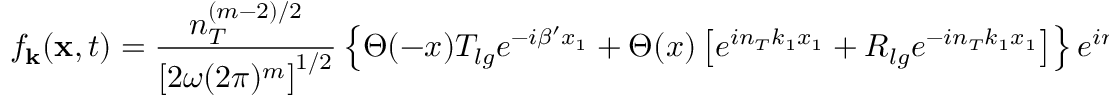
f _ { \bf k } ( { \bf x } , t ) = { \frac { n _ { T } ^ { ( m - 2 ) / 2 } } { \left[ 2 \omega ( 2 \pi ) ^ { m } \right] ^ { 1 / 2 } } } \left\{ \Theta ( - x ) T _ { l g } e ^ { - i \beta ^ { \prime } x _ { 1 } } + \Theta ( x ) \left[ e ^ { i n _ { T } k _ { 1 } x _ { 1 } } + R _ { l g } e ^ { - i n _ { T } k _ { 1 } x _ { 1 } } \right] \right\} e ^ { i n _ { T } ( k _ { 2 } x _ { 2 } + \cdots + k _ { m } x _ { m } ) } e ^ { - i \omega t } ,